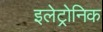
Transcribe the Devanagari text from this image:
इलेट्रोनिक